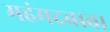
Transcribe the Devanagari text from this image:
महंमदबाबा